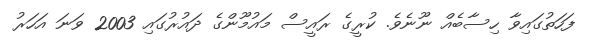
ފަހަތުގައިވާ ހިސާބެއް ނޫނެވެ. ކުރީގެ ރައީސް މައުމޫންގެ ދައުރުގައި 2003 ވަނަ އަހަރު